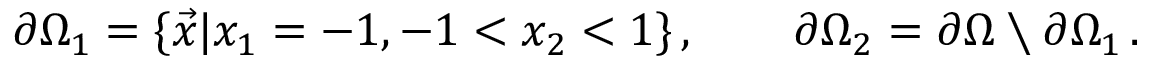
\partial \Omega _ { 1 } = \{ \vec { x } \vert x _ { 1 } = - 1 , - 1 < x _ { 2 } < 1 \} \, , \quad \quad \partial \Omega _ { 2 } = \partial \Omega \setminus \partial \Omega _ { 1 } \, .